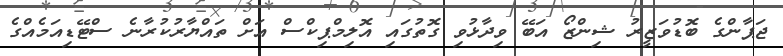
ޖަޕާންގެ ބޮޑުވަޒީރު ޝިންޒޯ އަބޭ ވިދާޅުވި ގޮތުގައި އޮލިމްޕިކްސް އަށް ތައްޔާރުކުރާނެ ސްޓޭޑިއަމެއްގެ